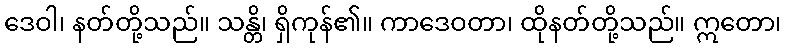
ဒေဝါ၊ နတ်တို့သည်။ သန္တိ၊ ရှိကုန်၏။ ကာဒေဝတာ၊ ထိုနတ်တို့သည်။ ဣတော၊